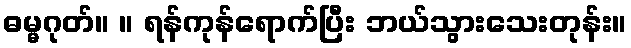
ဓမ္မဂုတ်။ ။ ရန်ကုန်ရောက်ပြီး ဘယ်သွားသေးတုန်း။